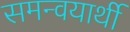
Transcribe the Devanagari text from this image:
समन्वयार्थी